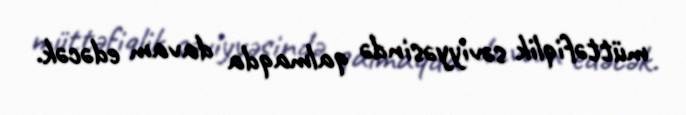
müttəfiqlik səviyyəsində qalmaqda davam edəcək.